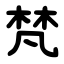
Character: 梵